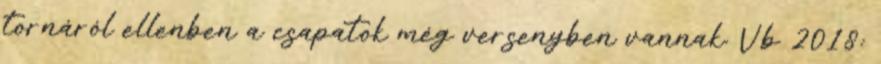
tornáról ellenben a csapatok még versenyben vannak. Vb 2018: